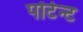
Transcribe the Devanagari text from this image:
पोटेन्ट